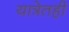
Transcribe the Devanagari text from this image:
यात्रेतही